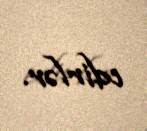
edirlər.